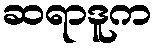
ဆရာဒူက